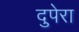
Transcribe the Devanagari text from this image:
दुपेरा